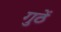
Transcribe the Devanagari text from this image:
गुठें